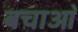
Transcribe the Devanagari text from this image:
बचाआ॓